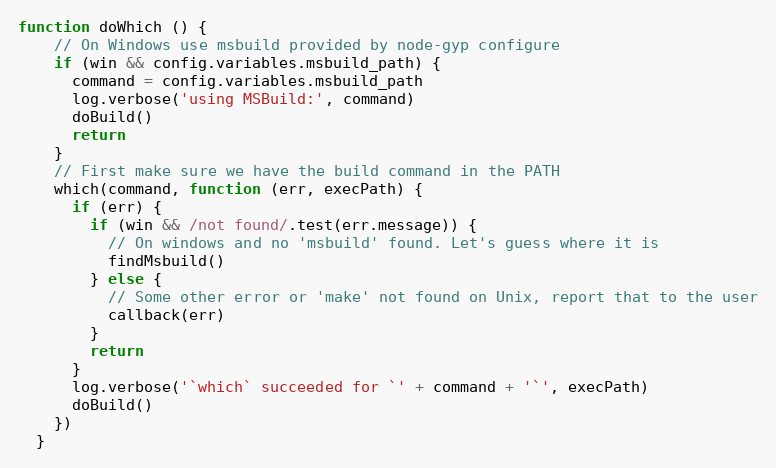
Language: JavaScript
function doWhich () {
    // On Windows use msbuild provided by node-gyp configure
    if (win && config.variables.msbuild_path) {
      command = config.variables.msbuild_path
      log.verbose('using MSBuild:', command)
      doBuild()
      return
    }
    // First make sure we have the build command in the PATH
    which(command, function (err, execPath) {
      if (err) {
        if (win && /not found/.test(err.message)) {
          // On windows and no 'msbuild' found. Let's guess where it is
          findMsbuild()
        } else {
          // Some other error or 'make' not found on Unix, report that to the user
          callback(err)
        }
        return
      }
      log.verbose('`which` succeeded for `' + command + '`', execPath)
      doBuild()
    })
  }